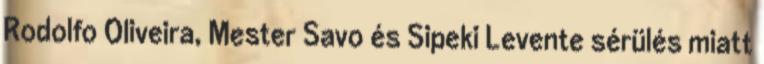
Rodolfo Oliveira, Mester Savo és Sipeki Levente sérülés miatt